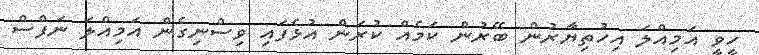
ހީވީ އަމިއްލަ އިހުތިޔާރުން ބޭރުން ކަމެއް ކުރަން އުޅެފައި ވިސްނިގެން އަމިއްލަ ނަފްސް